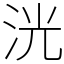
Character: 洸